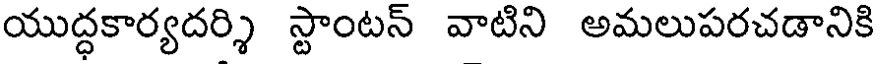
యుద్ధకార్యదర్శి స్టాంటన్ వాటిని అమలుపరచడానికి